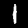
Label: 1